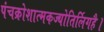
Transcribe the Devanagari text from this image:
पंचक्रोशात्मकज्योतिर्लिगहै।